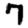
Digit: 7